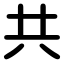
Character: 共